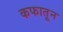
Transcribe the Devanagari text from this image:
कफातून